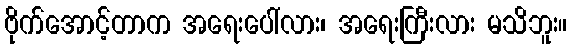
ဗိုက်အောင့်တာက အရေးပေါ်လား၊ အရေးကြီးလား မသိဘူး။